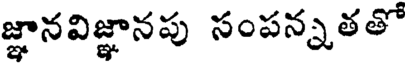
జ్ఞానవిజ్ఞానపు సంపన్నతతో